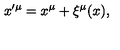
x ^ { \prime \mu } = x ^ { \mu } + \xi ^ { \mu } ( x ) ,